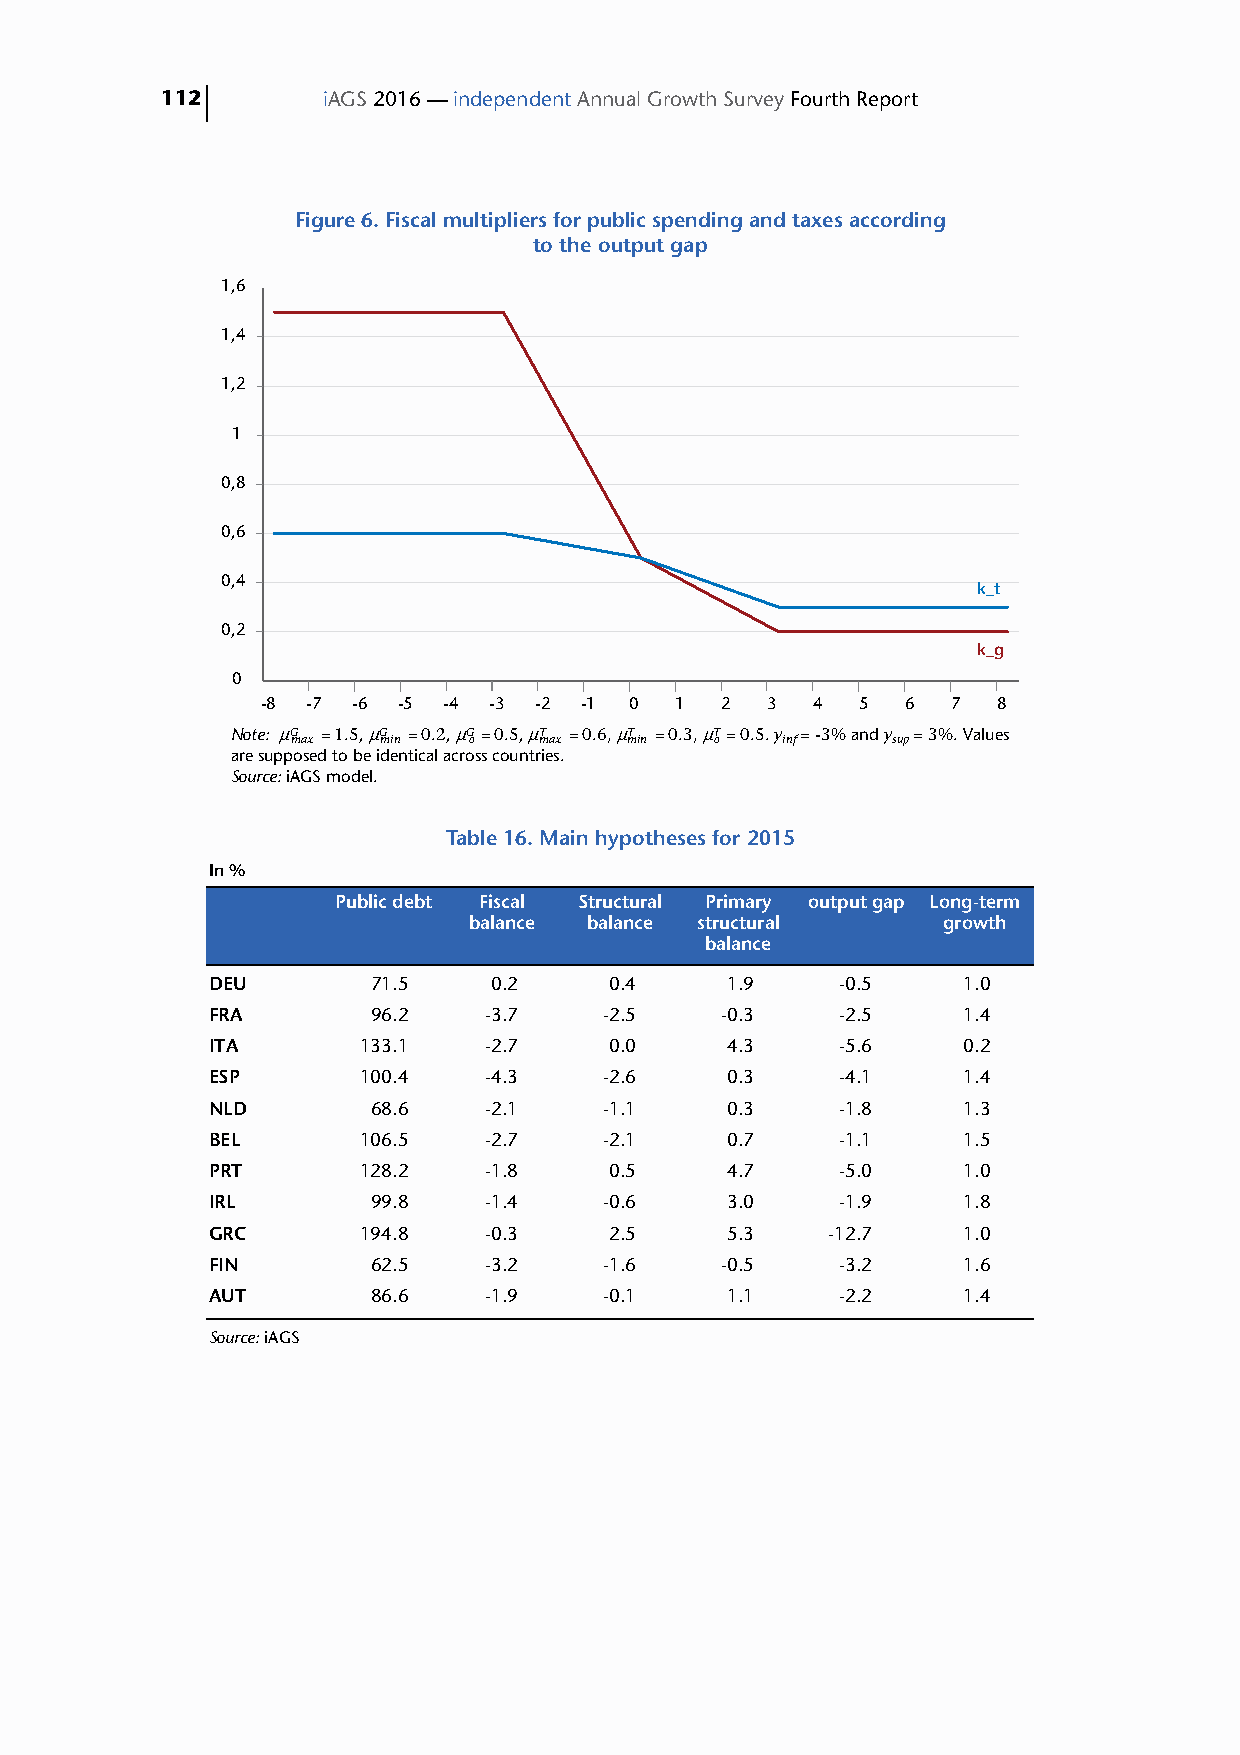
112       iAGS 2016 — independent Annual Growth Survey Fourth Report
 Figure 6. Fiscal multipliers for public spending and taxes according
 to the output gap
 1,6
 1,4
 1,2
 1
 0,8
 0,6
 0,4
 k_t
 0,2
 k_g
 0
 -8 -7 -6 -5 -4 -3 -2  -1 0  1  2  3  4  5  6  7  8
 Note: μG =1.5, μG =0.2, μG=0.5, μT =0.6, μT =0.3, μT=0.5. y = -3% and y = 3%. Values
 max   min   o    max  min   o    inf    sup
 are supposed to be identical across countries.
 Source: iAGS model.
 Table 16. Main hypotheses for 2015
 In %
 Public debt Fiscal Structural Primary output gap Long-term
 balance balance structural     growth
 balance
 DEU        71.5   0.2     0.4     1.9     -0.5    1.0
 FRA        96.2   -3.7    -2.5    -0.3    -2.5    1.4
 ITA       133.1   -2.7    0.0     4.3     -5.6    0.2
 ESP       100.4   -4.3    -2.6    0.3     -4.1    1.4
 NLD        68.6   -2.1    -1.1    0.3     -1.8    1.3
 BEL       106.5   -2.7    -2.1    0.7     -1.1    1.5
 PRT       128.2   -1.8    0.5     4.7     -5.0    1.0
 IRL        99.8   -1.4    -0.6    3.0     -1.9    1.8
 GRC       194.8   -0.3    2.5     5.3    -12.7    1.0
 FIN        62.5   -3.2    -1.6    -0.5    -3.2    1.6
 AUT        86.6   -1.9    -0.1    1.1     -2.2    1.4
 Source: iAGS